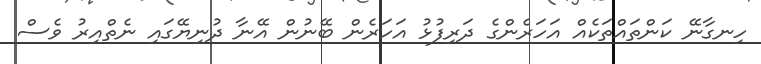
ހިނގާނޭ ކަންތައްތަކެއް އަހަރެންގެ ދަރިފުޅު އަހަރެން ބޭނުން އޭނާ ދުނިޔޭގައި ނެތްއިރު ވެސް